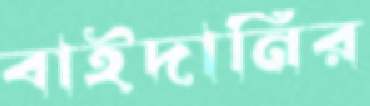
বাইদানির